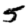
Digit: 5